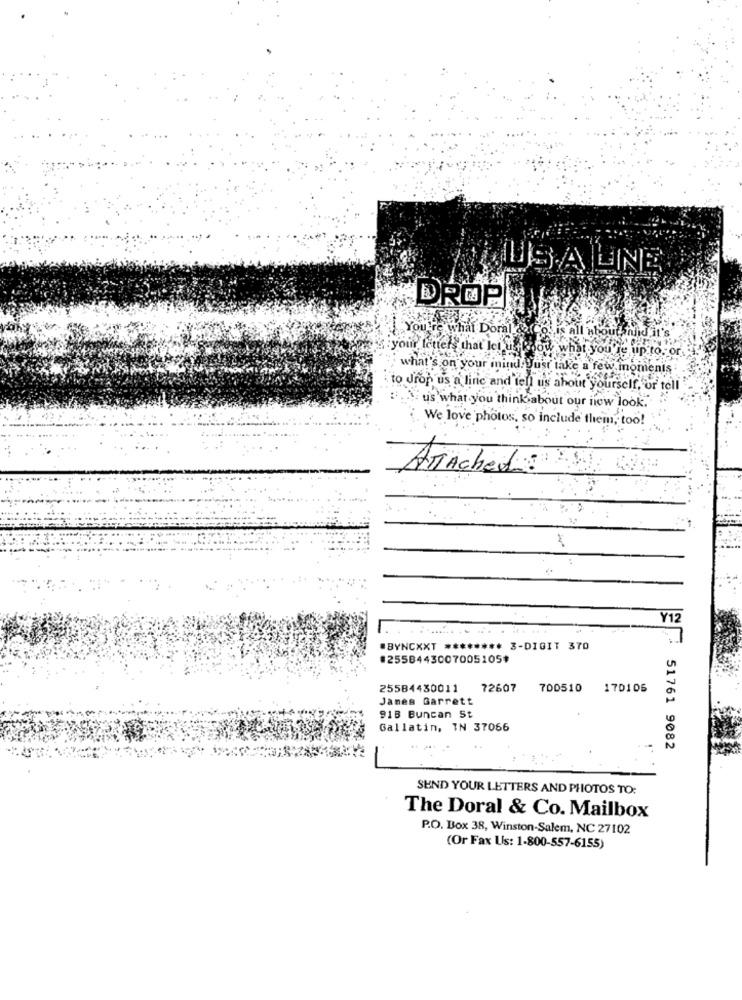
SA
LINE
DROP
You're what Domai
:your letter, that let i know what you're up to, or
what's on your inind. Just take a few moments
to drop us a liric and tell us about you
hout yourself , or tell
us what you think about our new look.
We love photos, so include them, too!
ATTAche
Y12
#BYNCXXT ******** 3-DIGIT 370
#25584430070051059
25584430011
72607
700510
170106
James Garrett
918 Buncan St
Gallatin, IN 37066
51761 9082
SEND YOUR LETTERS AND PHOTOS TO:
The Doral & Co. Mailbox
P.O. Box 38, Winston-Salem, NC 27102
(Or Fax Us: 1-800-557-6155)